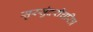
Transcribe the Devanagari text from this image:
सुरसुंदरीचरित्र